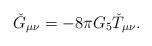
LaTeX: \begin{align*}\check{G}_{\mu\nu}= -8\pi G_{5}\check{T}_{\mu\nu}.\end{align*}